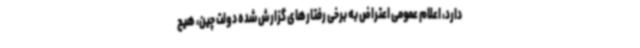
دارد، اعلام عمومی اعتراض به برخی رفتارهای گزارش شده دولت چین، هیچ